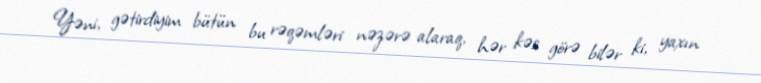
Yəni, gətirdiyim bütün bu rəqəmləri nəzərə alaraq, hər kəs görə bilər ki, yaxın